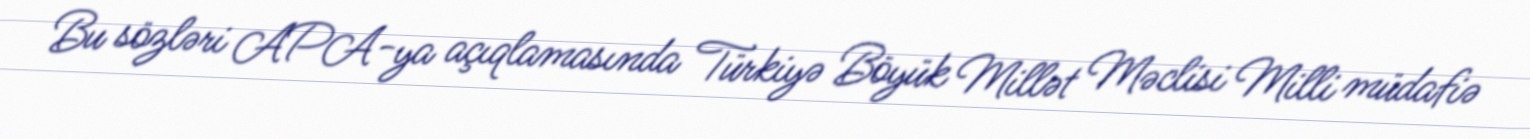
Bu sözləri APA-ya açıqlamasında Türkiyə Böyük Millət Məclisi Milli müdafiə